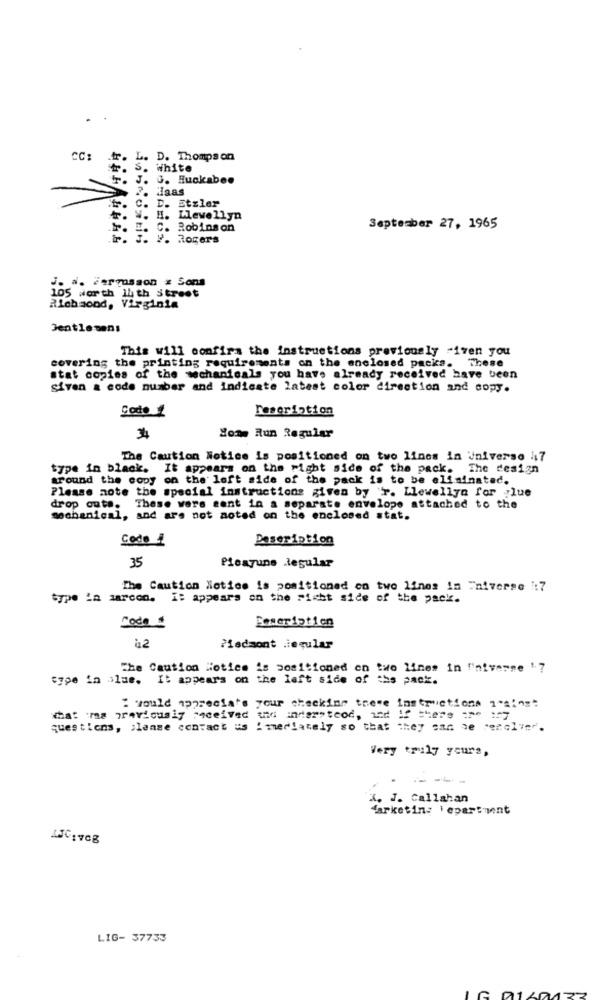
CC:
tr.
.D. Thompson
S.
White
T. J. G. Huckabee
> ?. Haas
E. C. D. Etzler
r. W. H. Llewellyn
F. E. C. Robinson
September 27, 1965
F. J. P. Rogers
J. d. Fergusson z Sons
105 worth Il th street
Richmond, Virginia
Jentle sens
This will confira the instructions previously -iven you
covering the printing requirements on the enclosed packs. These
stat copies of the mechanicals you have already received have been
Siven & code number and indicate latest color direction and copy.
Code
reseription
Home Run Regular
The Caution Notice is positioned on two lines in Universo 47
type in black. It appears on the right side of the pack. The design
around the copy on the left side of the pack is to be eliminated.
Please note the special instructions given by r. Llewellyn for .lue
drop outs. These were sent in a separate envelope attached to the
mechanical, and are not aoted on the enclosed stat.
Codo ¿
Description
Picayune Regular
35
The Caution Notice is positioned on two lines in Universe :7
type ia sarcon. I: appears on the Sicht side of the pack.
Poweristien
Code
Piedsont ieqular
The Caution Hotice is positioned on two lines in "'niverne '7
type in alme. It appears on the left side of the pack.
" would apprecia's your checking these instructions 1"si"s"
what ma previously "qceived tid indersteod, ind If there 17 17
questions, please contact us : merlately so that they can se serclin".
Very truly yours,
-----
X. J. Callahan
farketin: lepartment
LIG- 37733
G 0140433